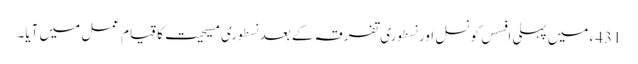
431ء میں پہلی افسس کونسل اور نسطوری تفرقہ کے بعد نسطوری مسیحیت کا قیام عمل میں آیا۔